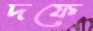
দফে